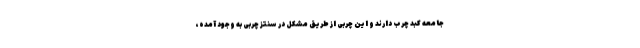
جامعه کبد چرب دارند و این چربی از طریق مشکل در سنتز چربی به وجود آمده،